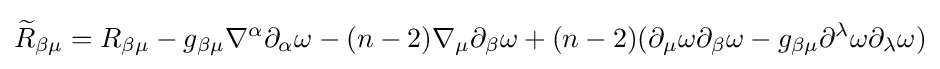
{\widetilde {R}}_{\beta \mu }=R_{\beta \mu }-g_{\beta \mu }\nabla ^{\alpha }\partial _{\alpha }\omega -(n-2)\nabla _{\mu }\partial _{\beta }\omega +(n-2)(\partial _{\mu }\omega \partial _{\beta }\omega -g_{\beta \mu }\partial ^{\lambda }\omega \partial _{\lambda }\omega )